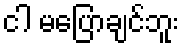
ငါ မပြောချင်ဘူး